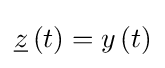
{\underline {z}}\left(t\right)=y\left(t\right)